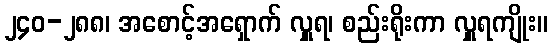
၂၄၀-၂၈၈၊ အစောင့်အရှောက် လှူရ၊ စည်းရိုးကာ လှူရကျိုး။